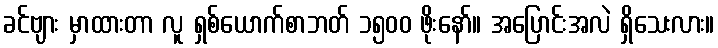
ခင်ဗျား မှာထားတာ လူ ရှစ်ယောက်စာဘတ် ၁၅၀၀ ဖိုးနော်။ အပြောင်းအလဲ ရှိသေးလား။